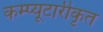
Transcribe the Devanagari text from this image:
कम्प्यूटारीकृत